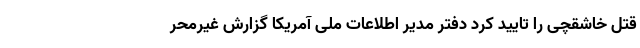
قتل خاشقچی را تایید کرد دفتر مدیر اطلاعات ملی آمریکا گزارش غیرمحر